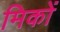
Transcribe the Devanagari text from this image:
मिकों